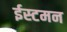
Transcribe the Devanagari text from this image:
ईस्टमन